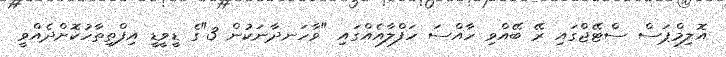
އޮލިމްޕަސް ސްޓޭޖްގައި ރޭ ބޭއްވި ހާއްސަ ހަފްލާއެއްގައި "ވާހަނދާނަކުން 3"ގެ ޑީވީޑީ އިފްތިތާހުކޮށްދެއްވީ